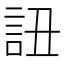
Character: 䚼